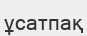
ұсатпақ